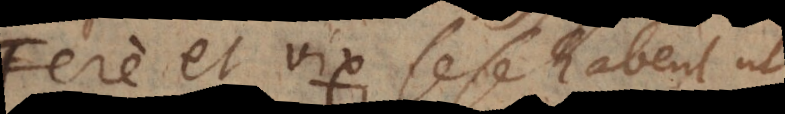
Fere et vix sese habent ut